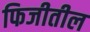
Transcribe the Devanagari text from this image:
फिजीतील